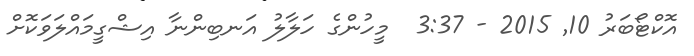
އޮކްޓޯބަރު 10